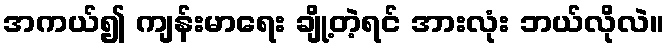
အကယ်၍ ကျန်းမာရေး ချို့တဲ့ရင် အားလုံး ဘယ်လိုလဲ။